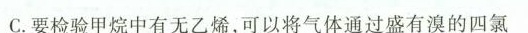
C.要检验甲烷中有无乙烯，可以将气体通过盛有溴的四氯